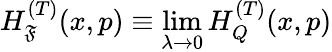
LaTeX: H_{\mathfrak{F}}^{(T)}(x,p)\equiv\operatorname*{lim}_{\lambda\to0}H_{Q}^{(T)}(x,p)